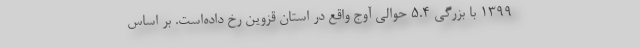
۱۳۹۹ با بزرگی ۵.۴ حوالی آوج واقع در استان قزوین رخ داده‌است. بر اساس